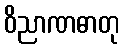
ဝိညာဏဓာတု